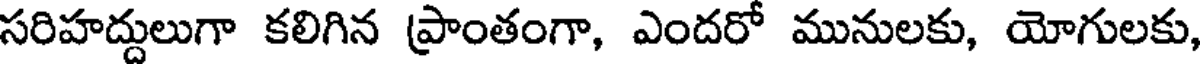
సరిహద్దులుగా కలిగిన ప్రాంతంగా, ఎందరో మునులకు, యోగులకు,